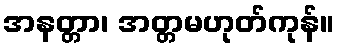
အနတ္တာ၊ အတ္တမဟုတ်ကုန်။